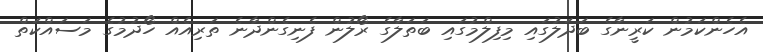
އެހެންކަމުން ކަރީނާގެ ބަދަލުގައި މިފިިލްމުގައި ބަތަލާގެ ރޯލުން ފެނިގެންދާނެ ތަރިއެއް ހޯދުމުގެ މަސައްކަތް